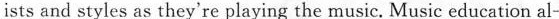
ists and styles as they're playing the music. Music education al-